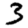
Digit: 3